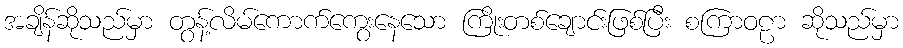
အချိန်ဆိုသည်မှာ တွန့်လိမ်ကောက်ကွေးနေသော ကြိုးတစ်ချောင်းဖြစ်ပြီး စကြာဝဠာ ဆိုသည်မှာ